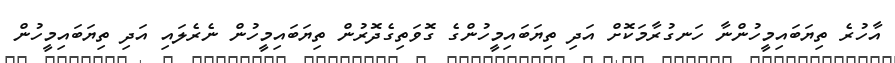
އާހުރެ ތިޔަބައިމީހުންނާ ހަނގުރާމަކޮށް އަދި ތިޔަބައިމީހުންގެ ގޮވަތިގެދޮރުން ތިޔަބައިމީހުން ނެރެލައި އަދި ތިޔަބައިމީހުން